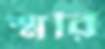
স্মরি